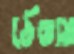
ঠেঙায়